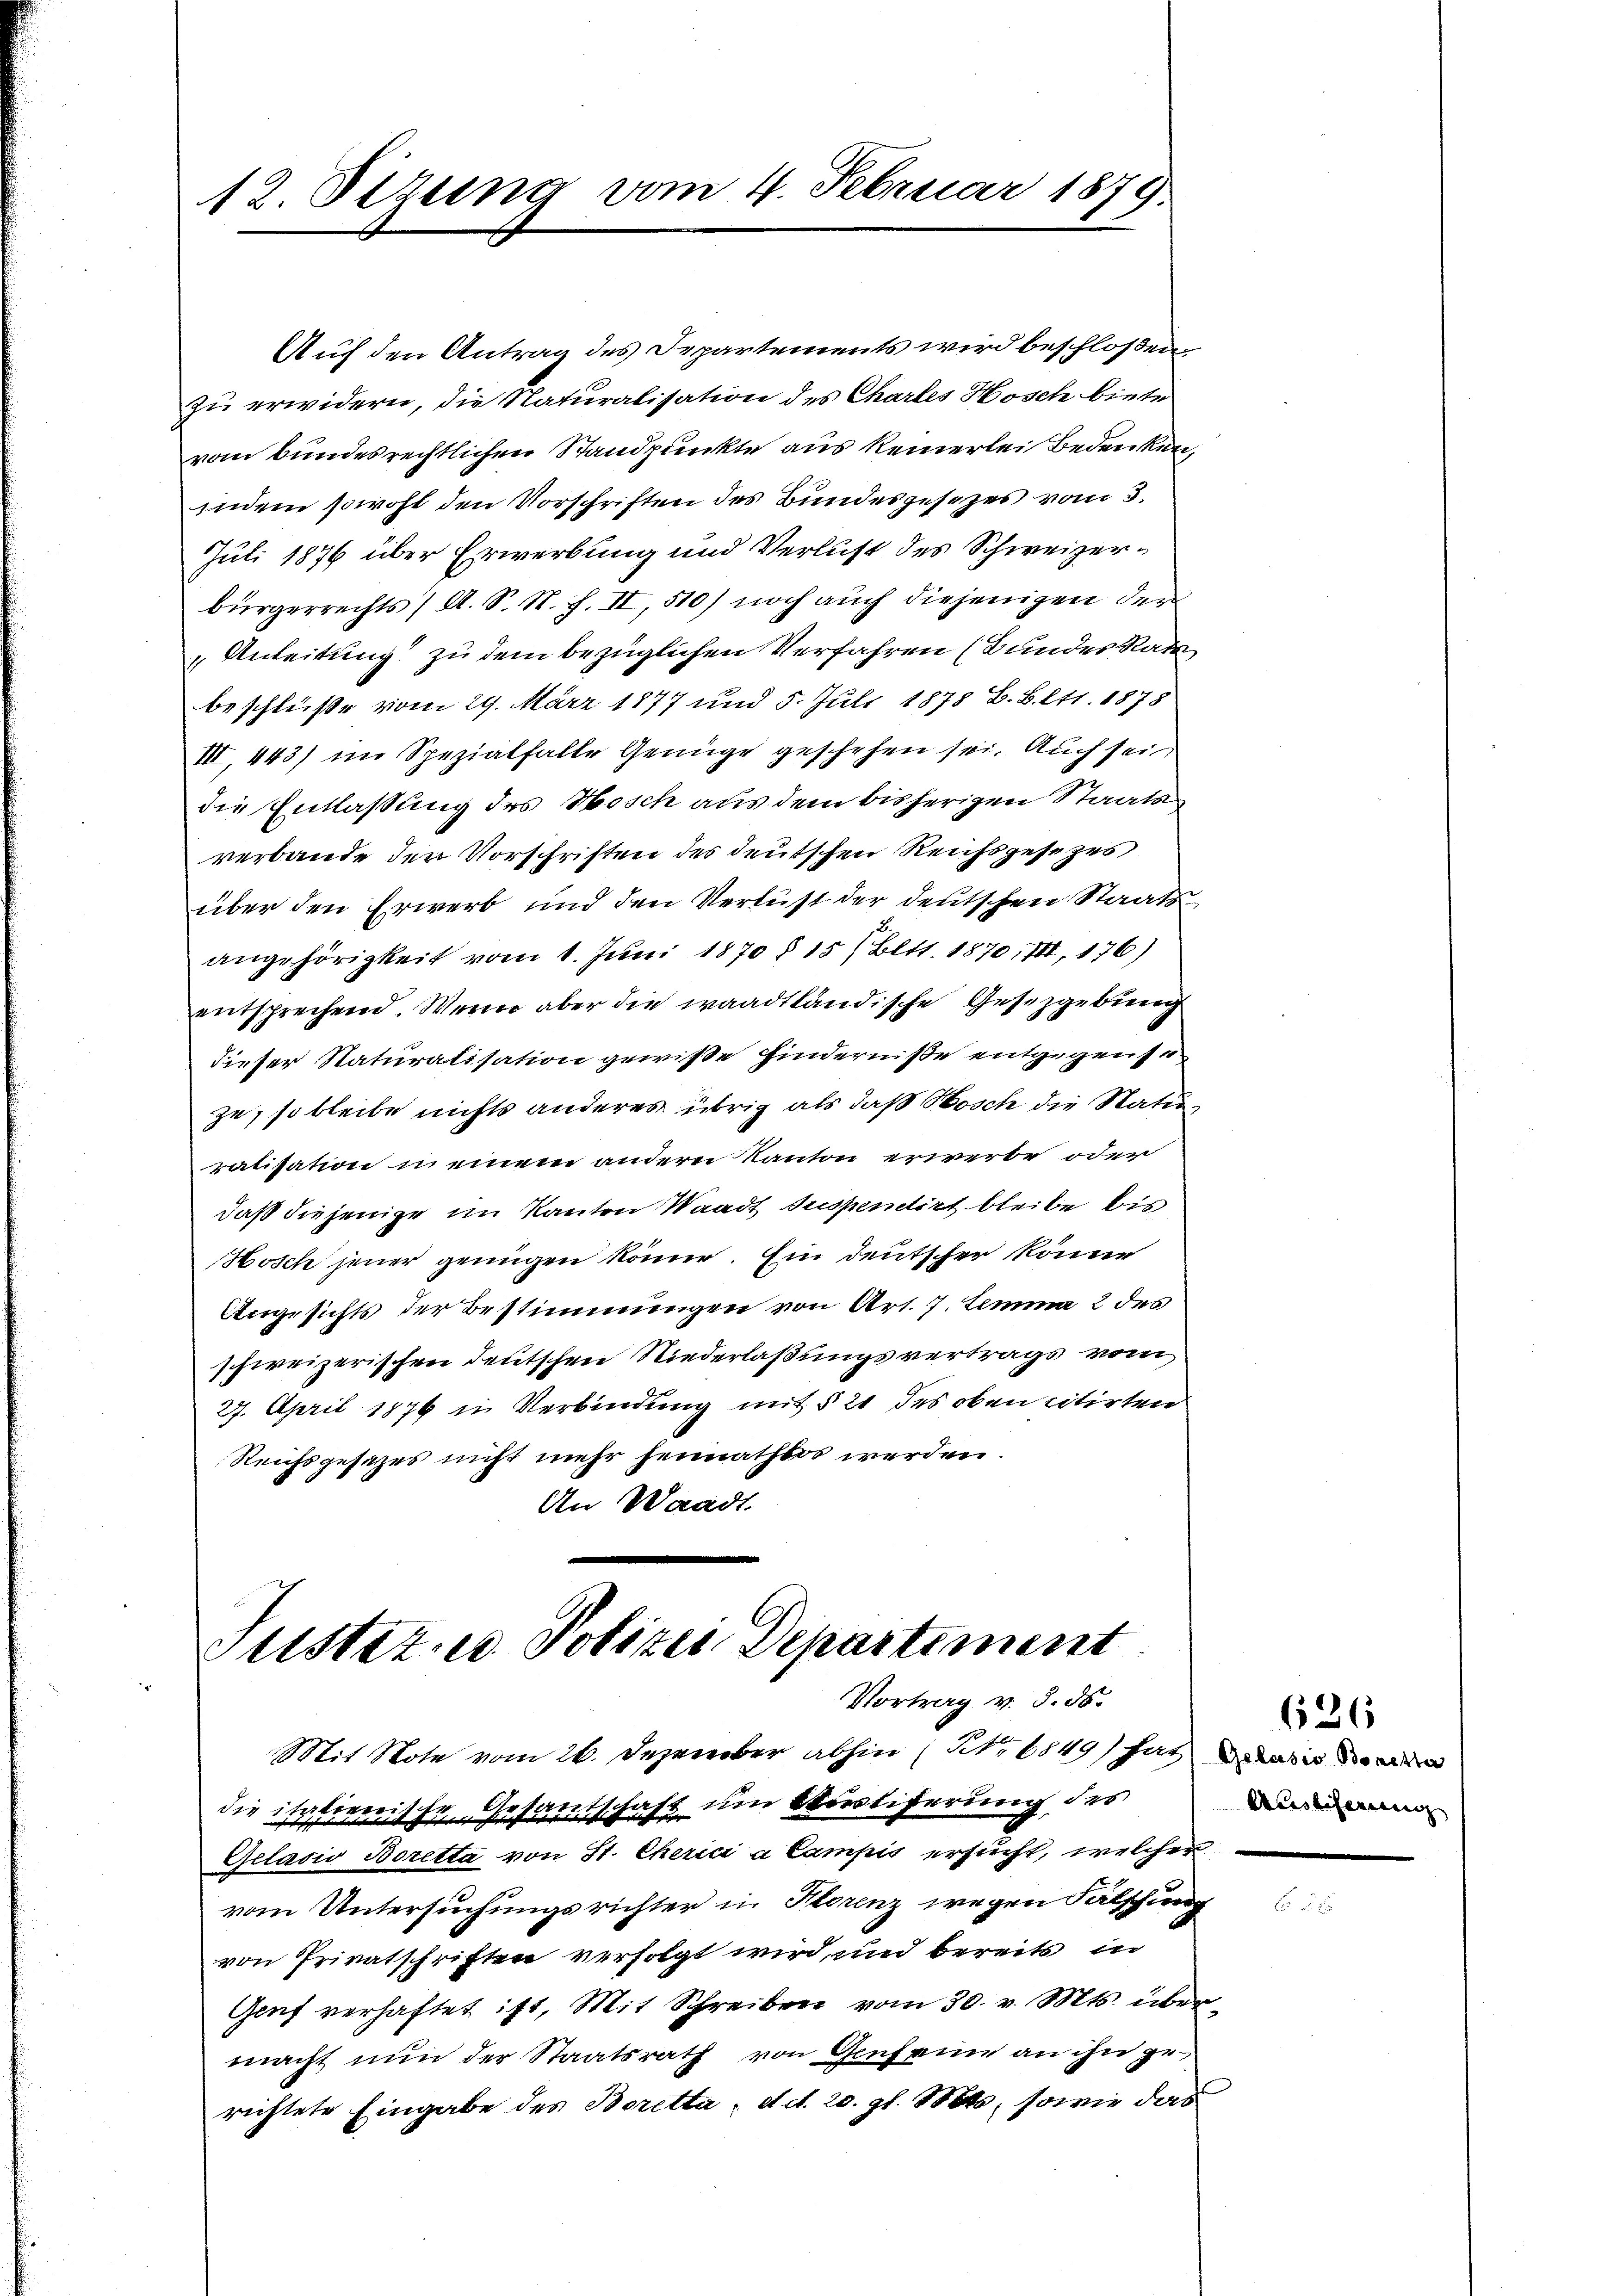
12. Sizung vom 4. Februar 1879.

Justiz- u. Polizei Departiment
Vortrag v. 3. ds.

Auf den Antrag des Departements wird beschloßen,
zu erwidern, die Naturalisation des Chartes Hosch biete
vom bundesrechtlichen Standpunkte aus keinerlei Bedenken,
indem sowohl den Vorschriften des Bundesgesezes vom 3.
Juli 1876 über Erwerbung und Verlust des Schweizerbürgerrechts / A. S. N. F. II 510) noch auch diejenigen der
„Anleitung zu dem bezüglichen Verfahren (Bundes Rath
beschlüße vom 29. März 1877 und 5. Juli 1878 B. B. lt. 1878
III., 443) im Spezialfalle Genüge geschehen sei. Auch sei
die Entlassung des Hosch aus dem bisherigen Staats-
verbande den Vorschriften des deutschen Reichsgesezes
über den Erwerb und den Verlust der deutschen Staatsangehörigkeit vom 1. Juni 1870 § 15 (Bltt. 1870, II, 176)
entsprechend. Wenn aber die waadtländische Gesetzgebung
dieser Naturatisation gewiße Hinderniße entgegen se
ze, so bleibe nichts anderes übrig als daß Hosch die Natio
ratisation in einem andern Kanton erwerbe oder
daß diejenige im Kanton Waadt Suspentirt bleibe bis
Hosch jener genügen könne. Ein Deutscher könne
Angesichts der Bestimmungen von Art. 7. Lemma 2 des
schweizerischen deutschen Niederlaßungsvertrags vom
27. April 1876 in Verbindung mit § 21 des oben citirten
Reichsgesetzes nicht mehr heimathlos werden.
An Waadt.

626
Austiferung

Mit Note vom 26. Dezember abhin (N. 6849/ hat Basis de
die ihn fixerische Gesantschaft um Bestiferung des
Gelavio Boretta von St. Cherici a Campis ersucht, welcher
vom Untersuchungsrichter in Storenz wegen Fälschung
von Privatschriften verfolgt wird, und bereits in
Genf verhaftet ist, Mit Schreiben vom 30. v. Mts. übermacht nun der Staatsrath von Genfeine an ihn gerichtete Eingabe des Boretta, d. d. 20. gl. Mts. sowie das